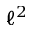
\ell ^ { 2 }